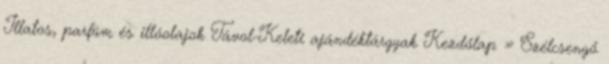
Illatos, parfüm és illóolajok Távol-Keleti ajándéktárgyak Kezdőlap » Szélcsengő